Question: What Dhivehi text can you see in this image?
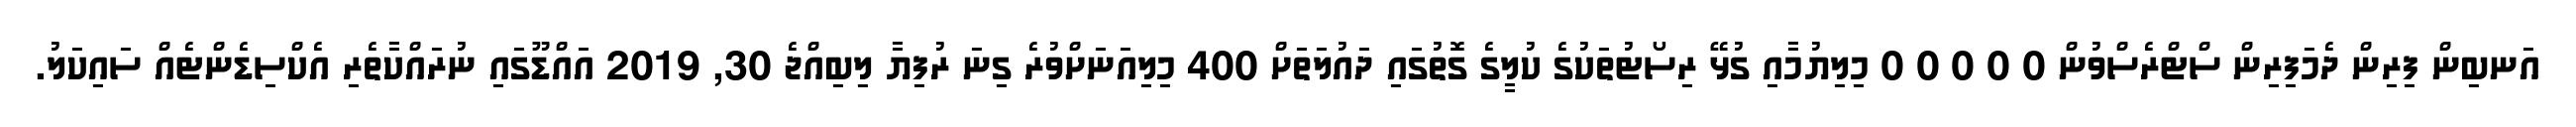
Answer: އަނބިން ފިރިން ދެމަފިރިން ސްޓްރެސްވުން 0 0 0 0 0 މިލިޔުމާއި ގުޅޭ ރިސޯޓުތަކުގެ ކުލީގެ ގޮތުގައި ދައުލަތަށް 400 މިލިއަނަށްވުރެ ގިނަ ރުފިޔާ ލިބިއްޖެ 30, 2019 އައްޑޫގައި ނުރައްކާތެރި އެކްސިޑެންޓެއް ސައިކަލު.